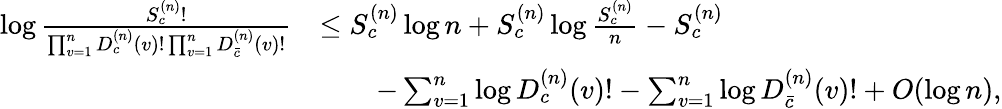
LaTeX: \begin{array}{rl}{\log\frac{S_{c}^{(n)}!}{\prod_{v=1}^{n}D_{c}^{(n)}(v)!\prod_{v=1}^{n}D_{\bar{c}}^{(n)}(v)!}}&{\leq S_{c}^{(n)}\log n+S_{c}^{(n)}\log\frac{S_{c}^{(n)}}{n}-S_{c}^{(n)}}\\ &{\qquad-\sum_{v=1}^{n}\log D_{c}^{(n)}(v)!-\sum_{v=1}^{n}\log D_{\bar{c}}^{(n)}(v)!+O(\log n),}\end{array}